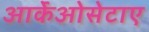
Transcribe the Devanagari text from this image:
आर्केओसेटाए